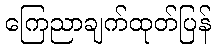
ကြေညာချက်ထုတ်ပြန်